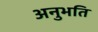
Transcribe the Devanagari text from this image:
अनुभति